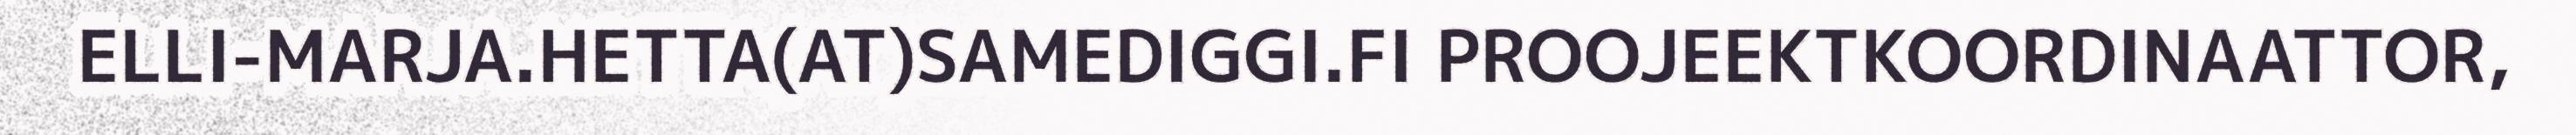
ELLI-MARJA.HETTA(AT)SAMEDIGGI.FI PROOJEEKTKOORDINAATTOR,